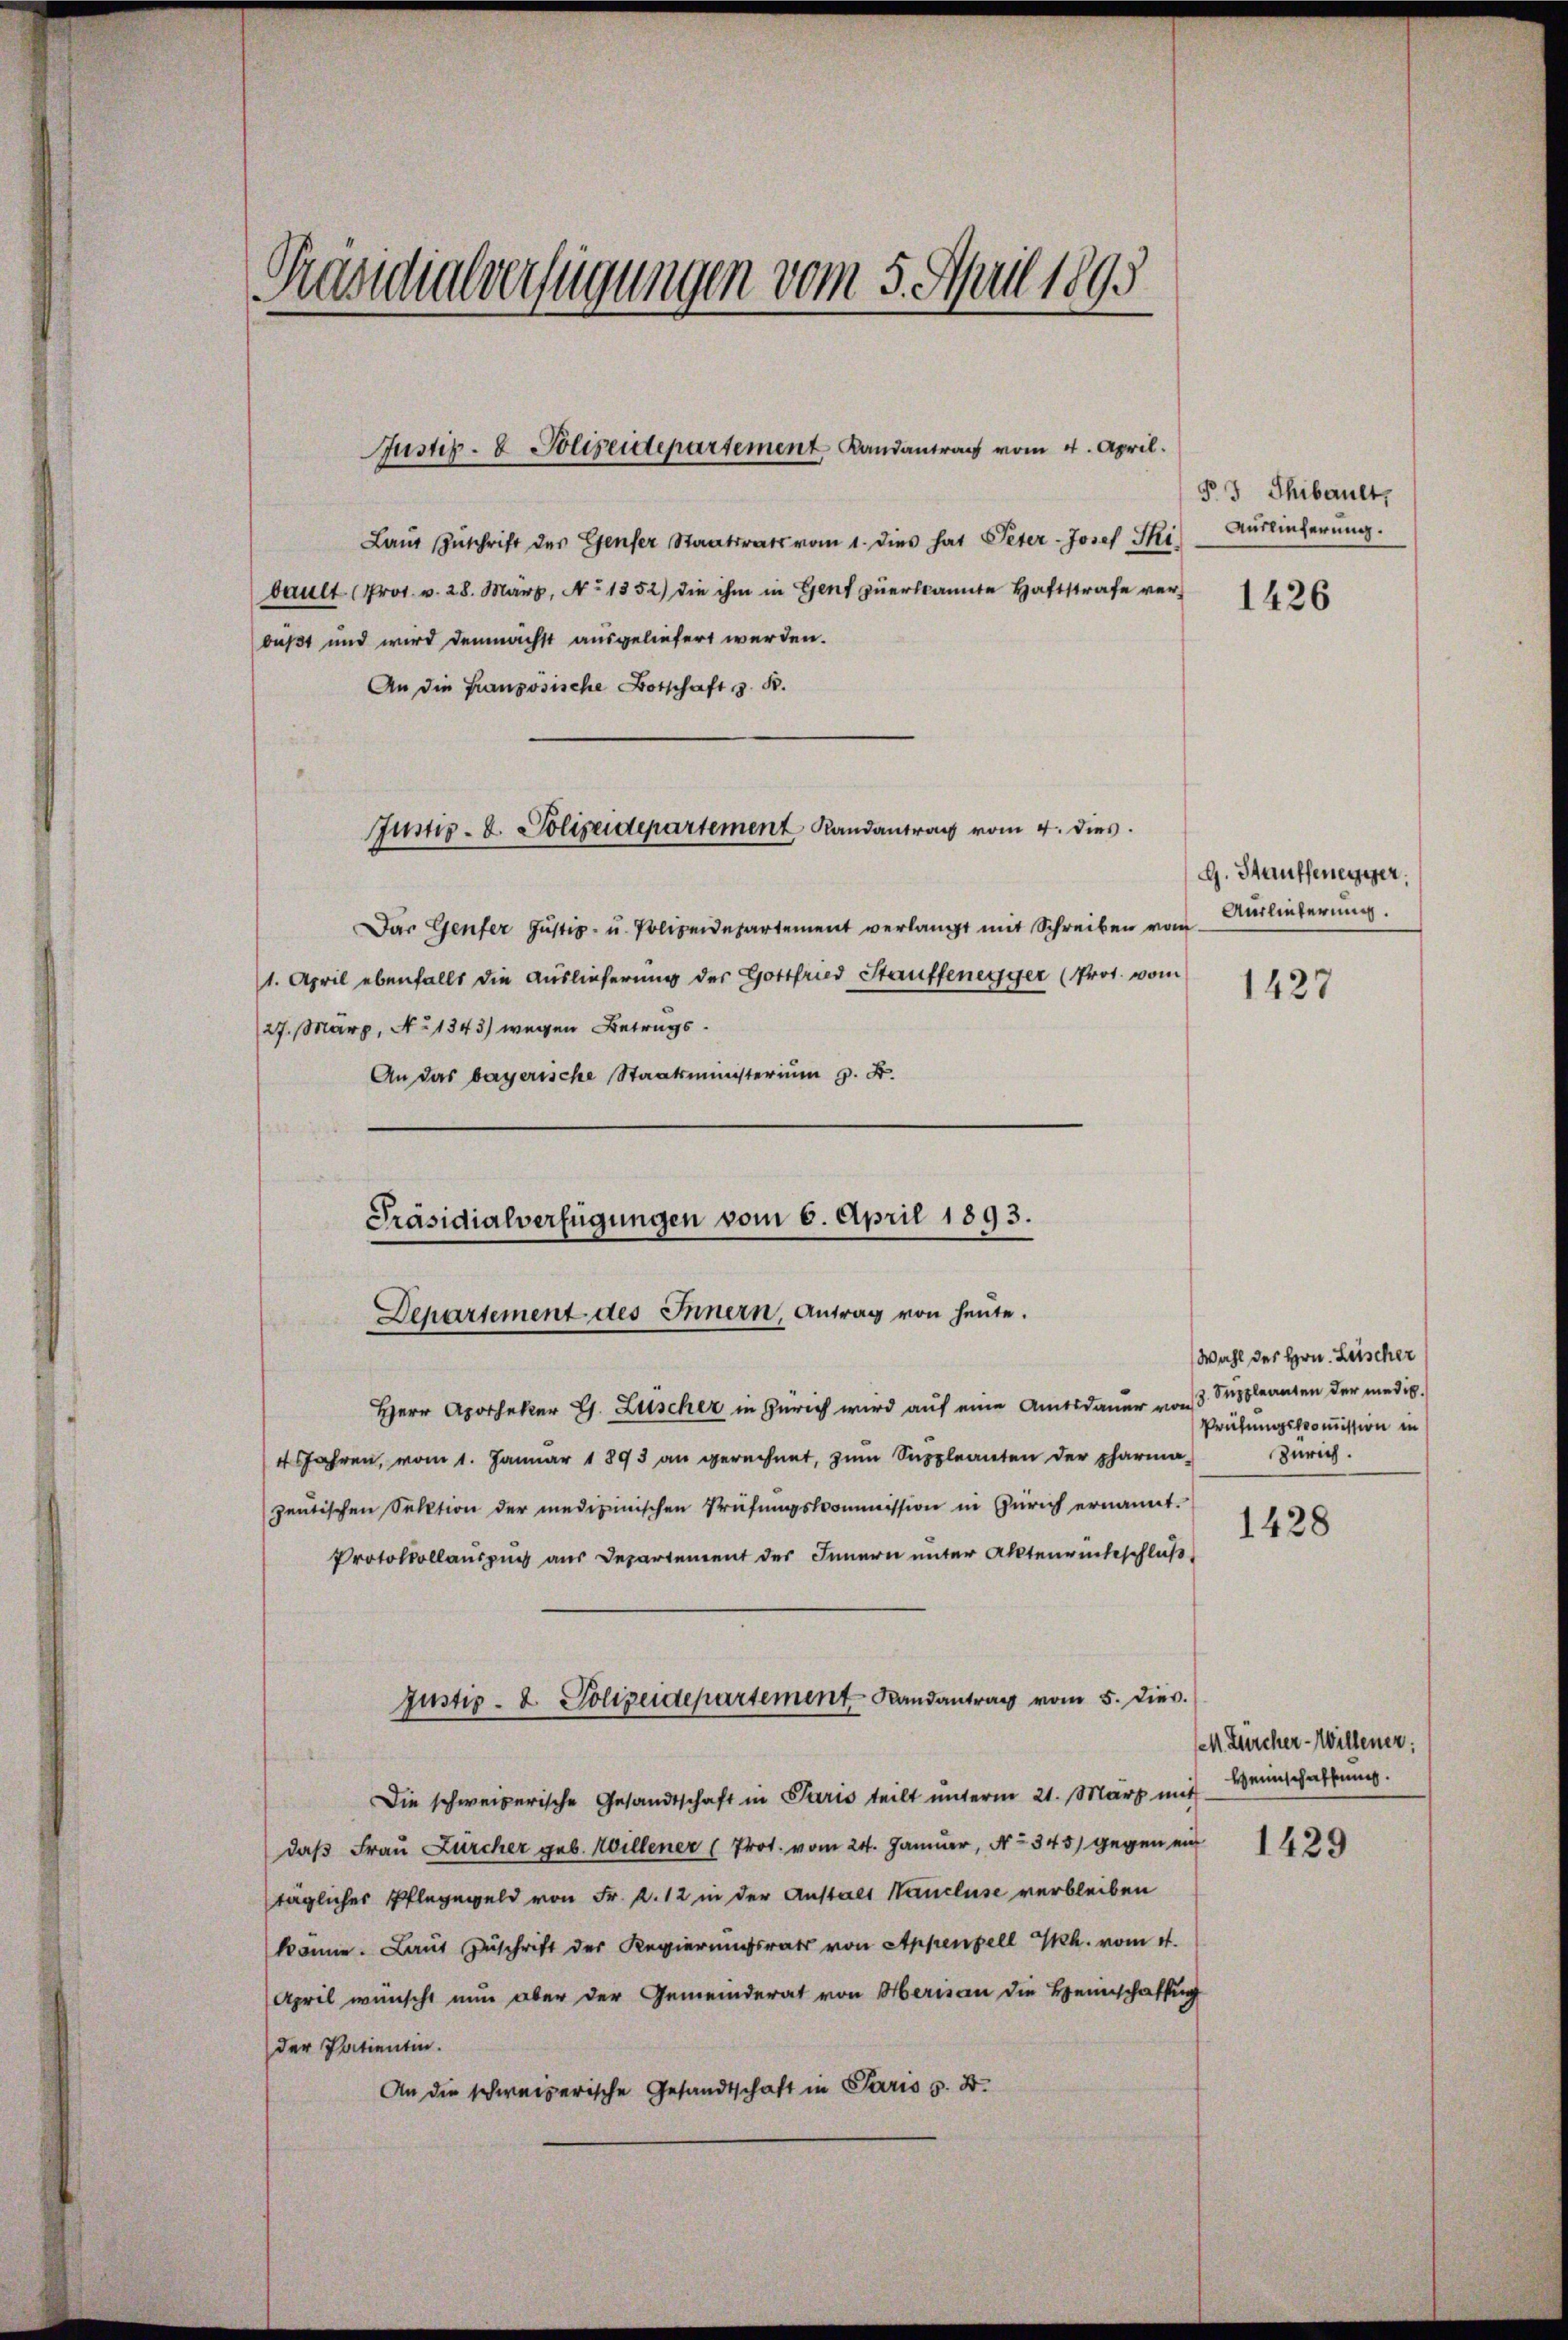
Präsidialverfügungen vom 5. April 1895

Laŭt Zŭschrift der Genser Staatsrats vom 1. dies hat Peter-Josef Ski) Auslieferŭng.
bault (Pros. v. 28. März, No 1352) die ihm in Genf zuerkannte Haftstrafe verbüßt und wird demnächst ausgeliefert werden.
An die Französische Botschaft z. B.
Das Genfer Justiz- u. Polizeidepartement verlangt mit Schreiben vom Auslieferung
1. April ebenfalls die Auslieferung des Gottfried Stauffenegger (Prot. vom
(27. März, No 1343) wegen Betrugs¬
An das bayerische Staatsministerium z. B.
Herr Apotheker G. Luischer in Zürich wird auf eine Amtsdauer von 3. Suppleanten der medic.
sfahren, vom 1. Janŭar 1893 an gerechnet, zŭm Suppleanten der pharma Zürich.
zeŭtischen Sektion der medizinischen Prüfŭngskommission in Zürich ernannt.
Protokollauszug aus Departement des Innern unter Aktenrückschluß
Justiz- & Polizeidepartement Bandantrag vom 5. dies.
Die schweizerische Gesandtschaft in Paris teilt unterm 21. März mit Weinschaftung.
daß Frau Zürcher geb. Willener (Prot. vom 24. Januar, No 345) gegen ein
täglicher Pfleggeld von Fr. f. 12 in der Anstalt Nancluse verbleiben
könne. Laut Zuschrift der Regierungsrats von Appenzell Th. vom 4.
April wünscht nun aber der Gemeinderat von Herisau die Heimschaffung
der Patientin.
An die schweizerische Gesandtschaft in Paris s. B.

Justiz- & Polizeidepartement Landantrag vom 4. April.

Justiz- & Polizeidepartement Randantrag vom 4. dies

Präsidialverfügungen vom 6. April 1893.
Departement des Innern, Antrag von heute.

§ 3 Thibault,

1426

G. Stauffenegger.

1427

Wahl des Hrn. Lüscher
Prüfungskommission in

1428

1. Zürcher-Willener:

1429